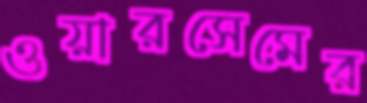
ওয়ারসেমের